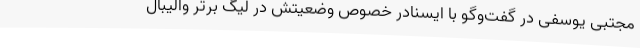
مجتبی یوسفی در گفت‌وگو با ایسنادر خصوص وضعیتش در لیگ برتر والیبال